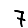
Digit: 7